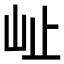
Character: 𭖇